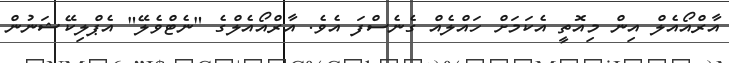
އާރްއޯއެލް އިން މިއޮތީ އެކަމަށް ހައްލެއް ގެނެސްފަ އެވެ. އާރްއޯއެލްގެ "ނެޓްވެލޭ" އެޕްލިކޭޝަނުން